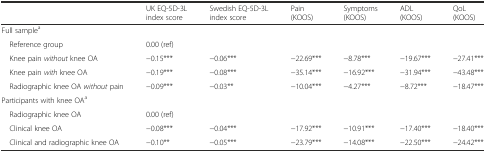
<table><thead><tr><td></td><td><b>UK EQ-5D-3L index score</b></td><td><b>Swedish EQ-5D-3L index score</b></td><td><b>Pain (KOOS)</b></td><td><b>Symptoms (KOOS)</b></td><td><b>ADL (KOOS)</b></td><td><b>QoL (KOOS)</b></td></tr></thead><tbody><tr><td colspan="7">Full sample<sup>a</sup></td></tr><tr><td> Reference group</td><td>0.00 (ref)</td><td></td><td></td><td></td><td></td><td></td></tr><tr><td> Knee pain <i>without</i> knee OA</td><td>−0.15***</td><td>−0.06***</td><td>−22.69***</td><td>−8.78***</td><td>−19.67***</td><td>−27.41***</td></tr><tr><td> Knee pain <i>with</i> knee OA</td><td>−0.19***</td><td>−0.08***</td><td>−35.14***</td><td>−16.92***</td><td>−31.94***</td><td>−43.48***</td></tr><tr><td> Radiographic knee OA <i>without</i> pain</td><td>−0.09***</td><td>−0.03**</td><td>−10.04***</td><td>−4.27***</td><td>−8.72***</td><td>−18.47***</td></tr><tr><td colspan="7">Participants with knee OA<sup>a</sup></td></tr><tr><td> Radiographic knee OA</td><td>0.00 (ref)</td><td></td><td></td><td></td><td></td><td></td></tr><tr><td> Clinical knee OA</td><td>−0.08***</td><td>−0.04***</td><td>−17.92***</td><td>−10.91***</td><td>−17.40***</td><td>−18.40***</td></tr><tr><td> Clinical and radiographic knee OA</td><td>−0.10**</td><td>−0.05***</td><td>−23.79***</td><td>−14.08***</td><td>−22.50***</td><td>−24.42***</td></tr></tbody></table>